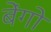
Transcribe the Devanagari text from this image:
बेंगो